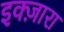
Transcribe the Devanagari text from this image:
इक्ज़ारा